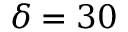
\delta = 3 0